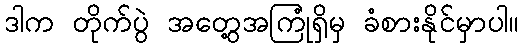
ဒါက တိုက်ပွဲ အတွေ့အကြုံရှိမှ ခံစားနိုင်မှာပါ။